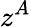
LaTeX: z^{A}